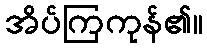
အိပ်ကြကုန်၏။